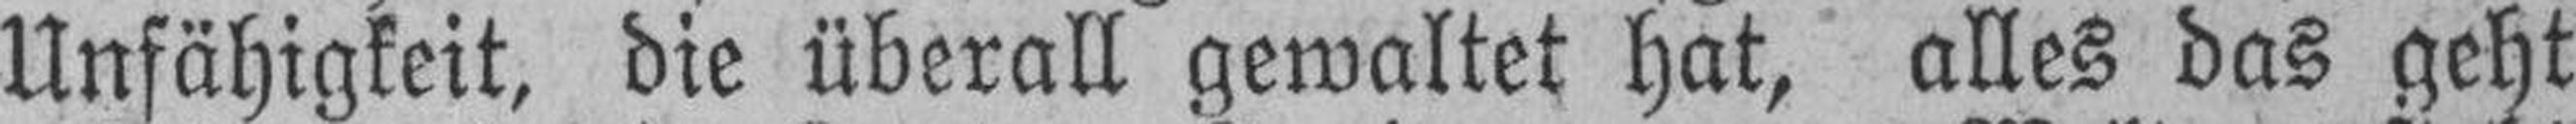
Unfähigkeit, die überall gewaltet hat, alles das geht